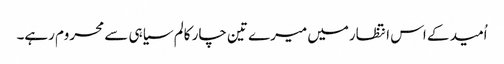
اُمید کے اس انتظارمیں میرے تین چار کالم سیاہی سے محروم رہے۔